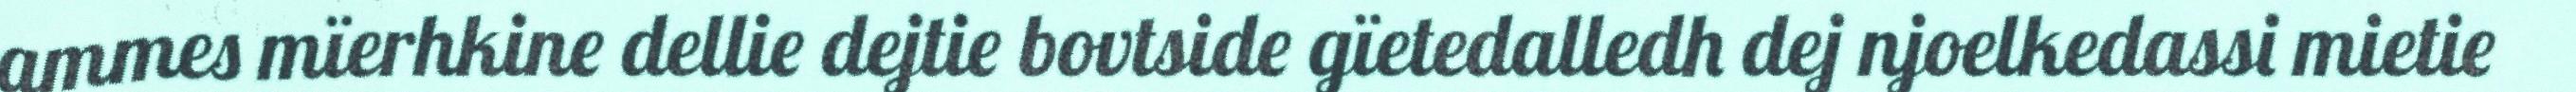
ammes mïerhkine dellie dejtie bovtside gïetedalledh dej njoelkedassi mietie